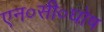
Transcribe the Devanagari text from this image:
एन०सी०घोष